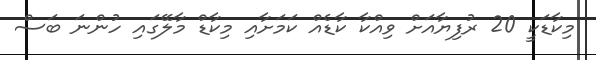
މިކާޑަކީ 20 ރުފިޔާއަށް ވިއްކާ ކާޑެއް ކަމަށާއި މިކާޑް މާލޭގައި ހުންނަ ބަސް